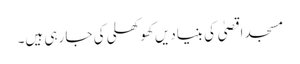
مسجد اقصیٰ کی بنیادیں کھوکھلی کی جا رہی ہیں۔